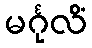
မင်္ဂုလိံ